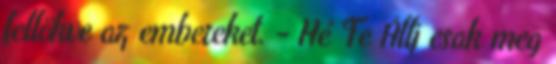
fellökve az embereket. - Hé Te Állj csak meg